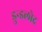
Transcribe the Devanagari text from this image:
डुन्डलोद